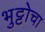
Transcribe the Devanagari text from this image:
भुट्टोचा